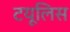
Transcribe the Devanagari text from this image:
टयूलिस